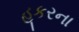
હૂકરના